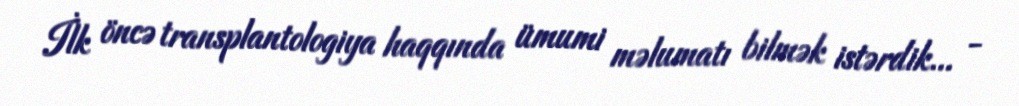
İlk öncə transplantologiya haqqında ümumi məlumatı bilmək istərdik... -